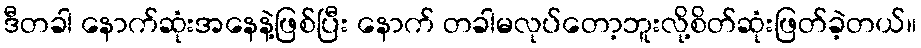
ဒီတခါ နောက်ဆုံးအနေနဲ့ဖြစ်ပြီး နောက် တခါမလုပ်တော့ဘူးလို့စိတ်ဆုံးဖြတ်ခဲ့တယ်။